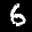
Label: 6